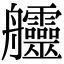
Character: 𦫊